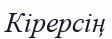
Кірерсің